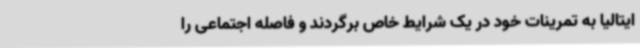
ایتالیا به تمرینات خود در یک شرایط خاص برگردند و فاصله اجتماعی را